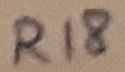
Text: R18